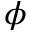
\phi